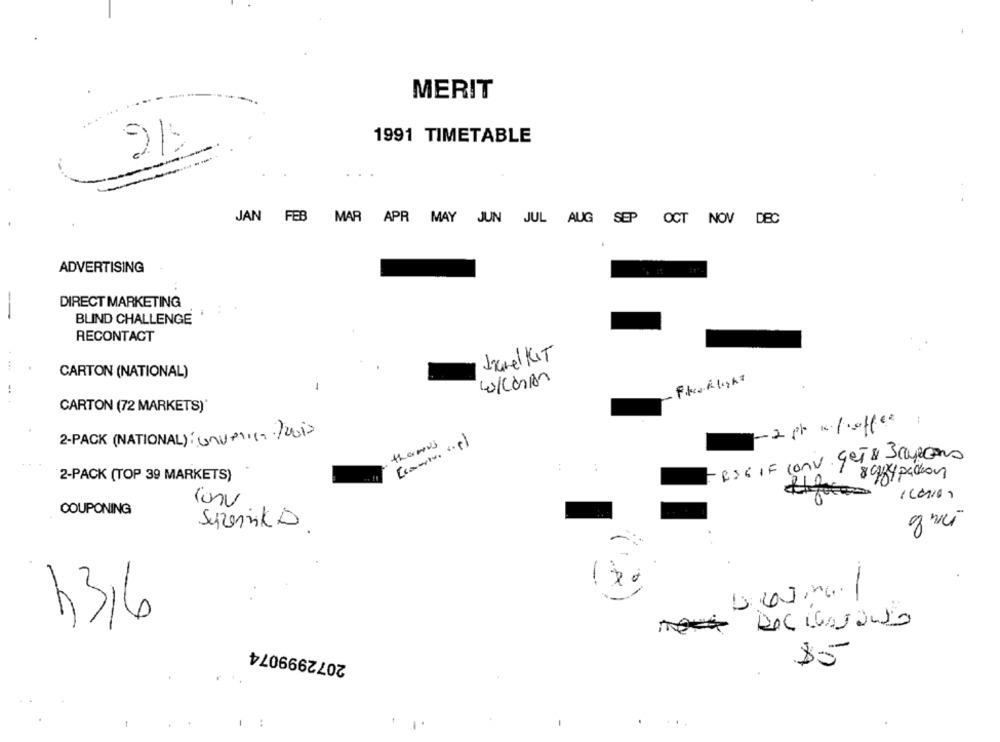
.
MERIT
1991 TIMETABLE
21
JAN FEB MAR APR MAY JUN JUL AUG SEP
OCT NOV DEC
ADVERTISING
DIRECT MARKETING
--
BLIND CHALLENGE
RECONTACT
Janel KIT
CARTON (NATIONAL)
Fikaklight
-
CARTON (72 MARKETS)
-2 pt m./offer:
2-PACK (NATIONAL): Gnu-in-/2018
themus
-BSGIF conv get& Scopeans
:
8984 packon
2-PACK (TOP 39 MARKETS)
conv
COUPONING
Suzenzik D
-
DOC Laranjo
2072999074
$5
..